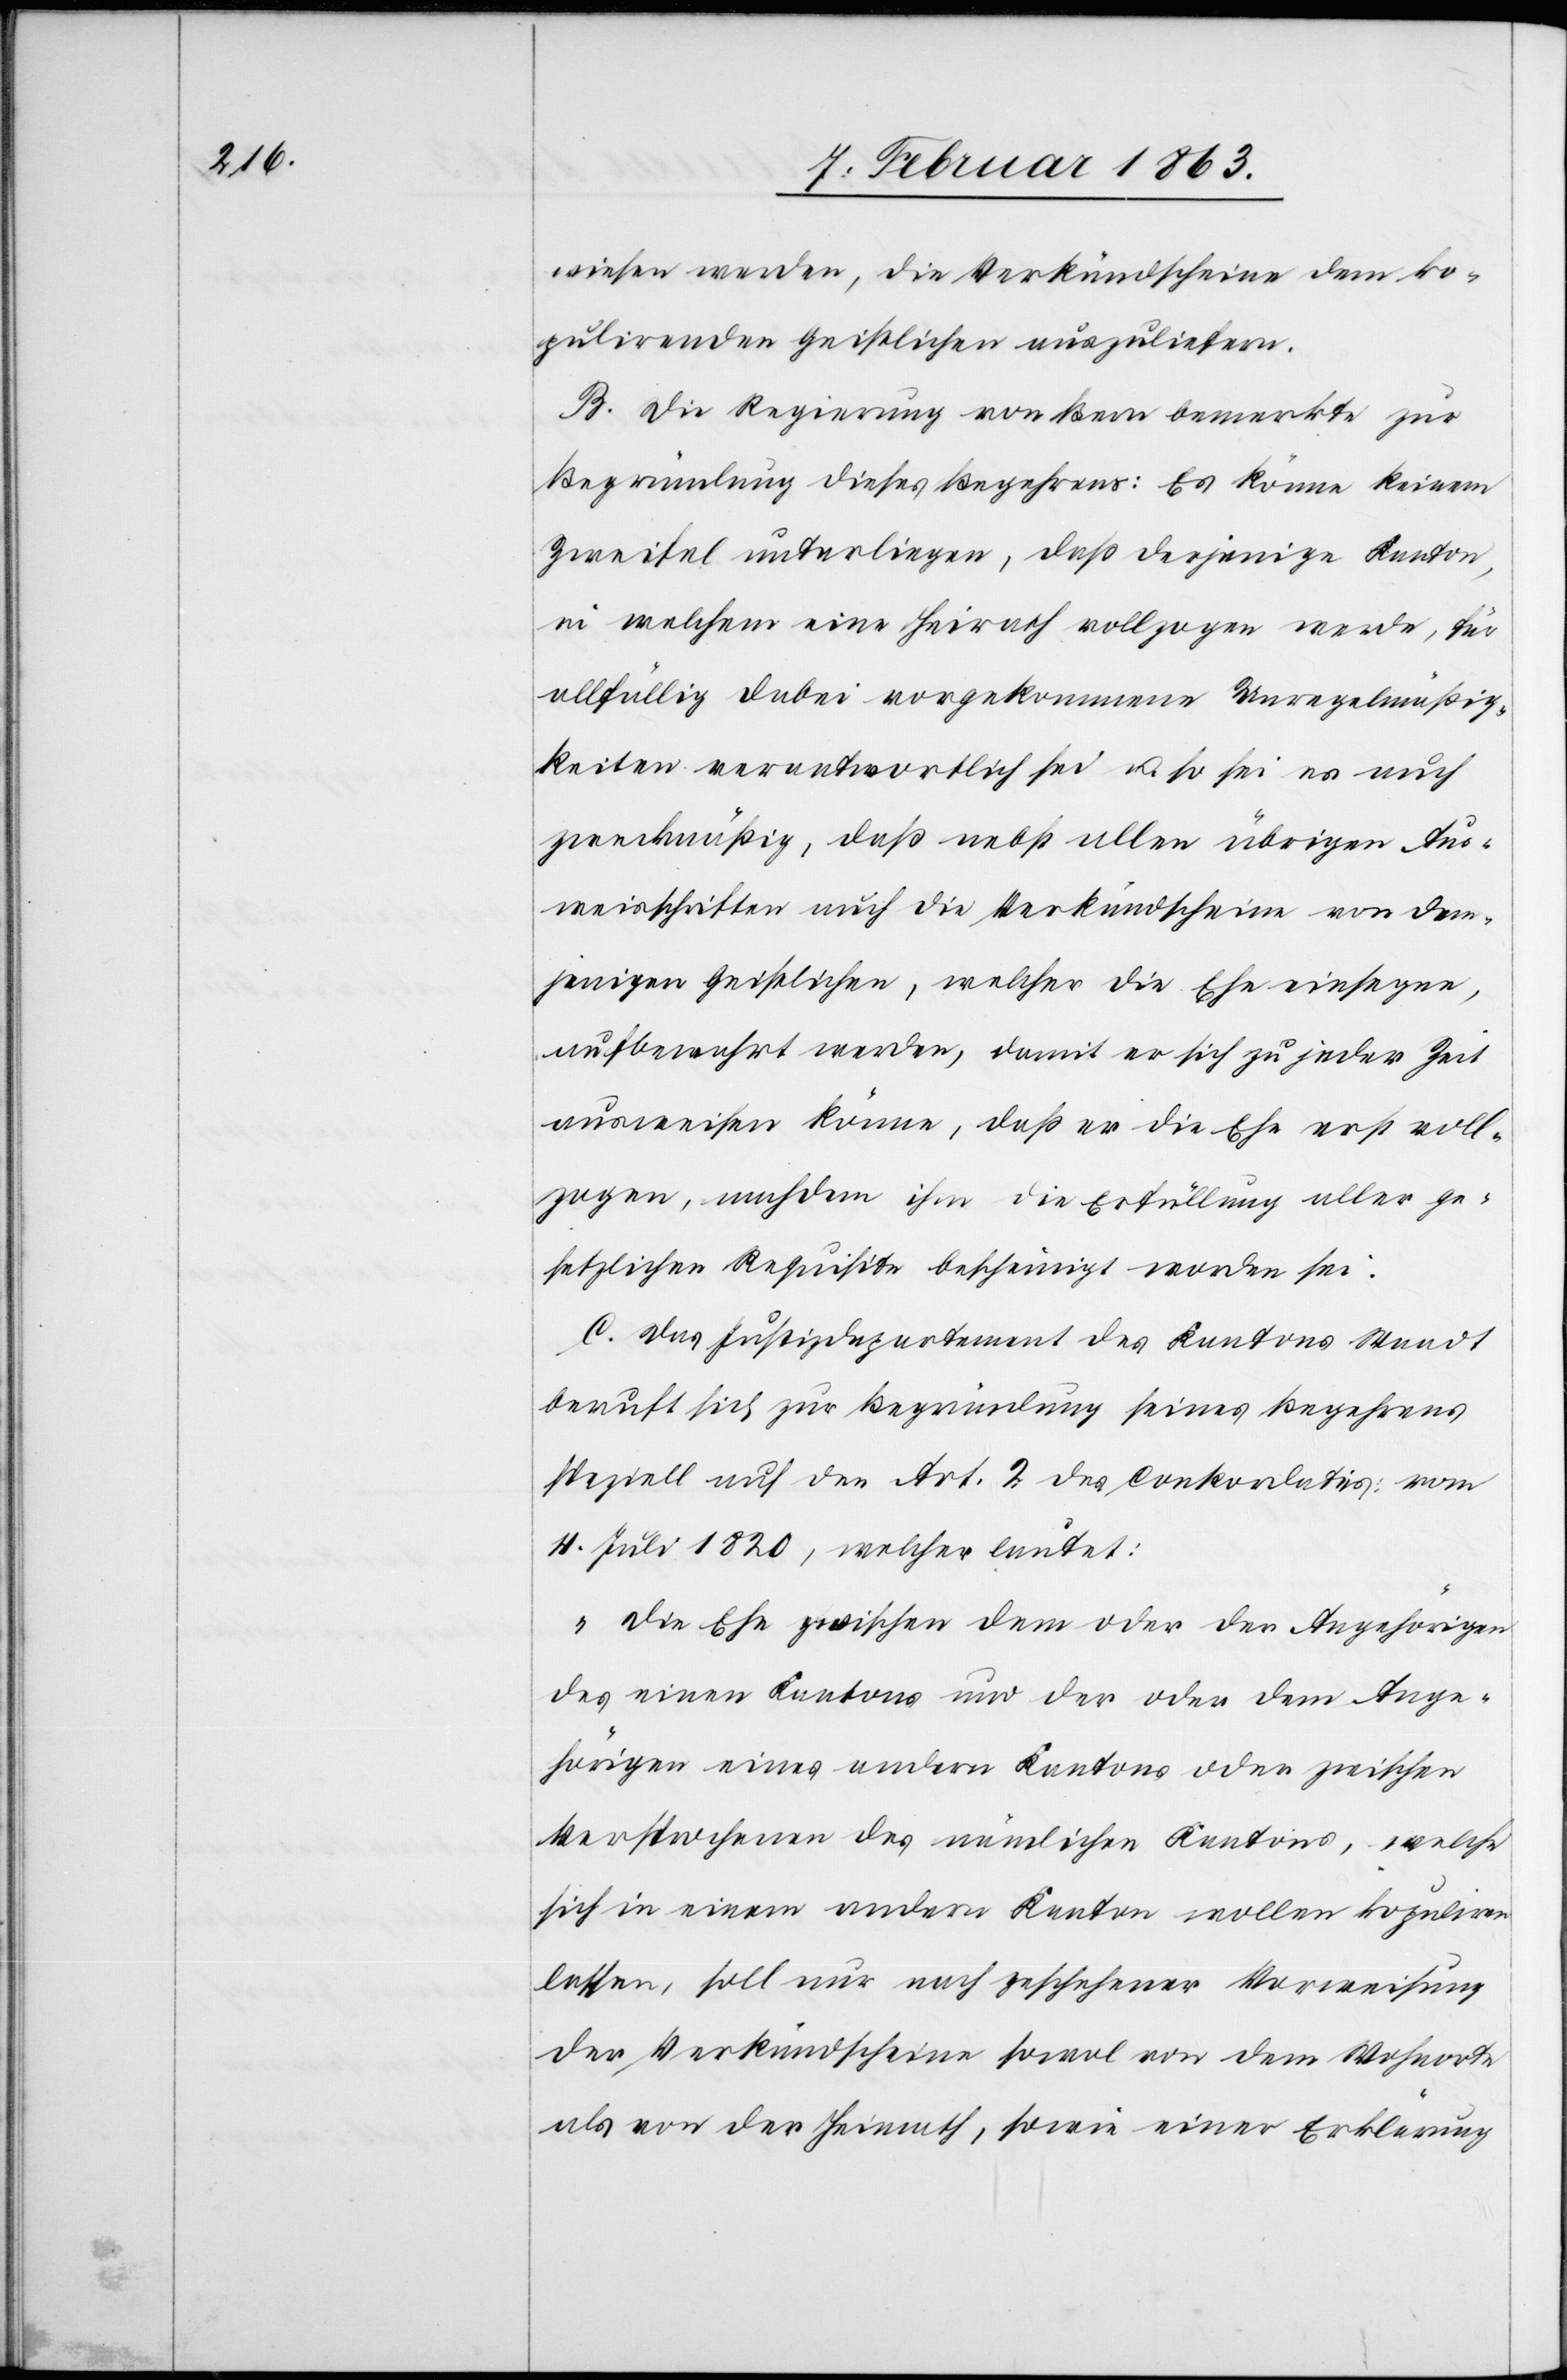
wiesen werden, die Verkündscheine dem ko¬
pulirenden Geistlichen auszuliefern.
B. Die Regierung von Bern bemerkte zur
Begründung dieses Begehrens: Es könne keinem
Zweifel unterliegen, daß derjenige Kanton,
in welchem eine Heirath vollzogen werde, für
allfällig dabei vorgekommene Unregelmässig¬
keiten verantwortlich sei u. so sei es auch
zweckmäßig, daß nebst allen übrigen Aus¬
weisschriften auch die Verkündscheine von dem¬
jenigen Geistlichen, welcher die Ehe einsegne,
aufbewahrt werden, damit er sich zu jeder Zeit
ausweisen könne, daß er die Ehe erst voll¬
zogen, nachdem ihm die Erfüllung aller ge¬
setzlichen Requisite bescheinigt worden sei.
C. Das Justizdepartement des Kantons Waadt
beruft sich zur Begründung seines Begehrens
speziell auf den Art. 2 des Conkordates vom
4. Juli 1820, welcher lautet:
„Die Ehe zwischen dem oder der Angehörigen
des einen Kantons und der oder dem Ange¬
hörigen eines andern Kantons oder zwischen
Versprochenen des nämlichen Kantons, welche
sich in einem andern Kanton wollen kopuliren
lassen, soll nur nach geschehener Vorweisung
der Verkündscheine sowol von dem Wohnorte
als von der Heimath, sowie einer Erklärung